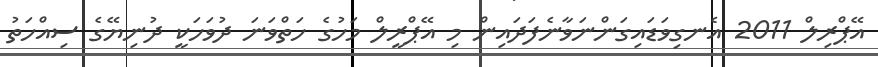
އޭޕްރިލް 2011 އެނގިވަޑައިގަންނަވާނެފަދައިން މި އޭޕްރީލް މަހުގެ ހަތްވަނަ ދުވަހަކީ ދުނިޔޭގެ ސިއްހަތު